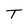
Character: T